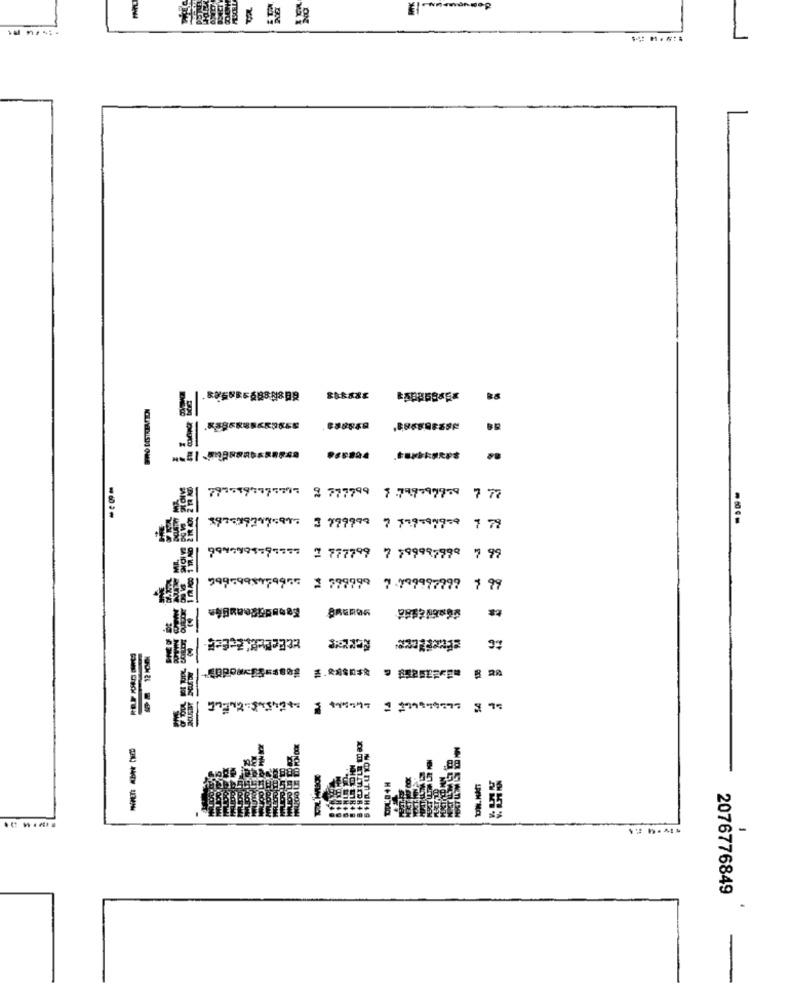
Hace
まなきまざま
7915593775517 9 777799 8 799 999-8 7 77
3 799998 7 779-979-0
7 79
9949991797577
2 777799 7 799997799 7 99
7995998959955
1 799999 7 999997799 7 99
.88
55
-
2076776849
-